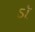
ડૉ